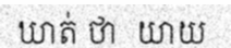
ឃាត់ ថា  យាយ